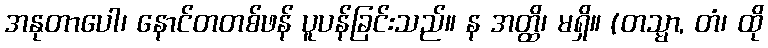
အနုတာပေါ၊ နောင်တတစ်ဖန် ပူပန်ခြင်းသည်။ န အတ္ထိ၊ မရှိ။ (တသ္မာ, တံ၊ ထို